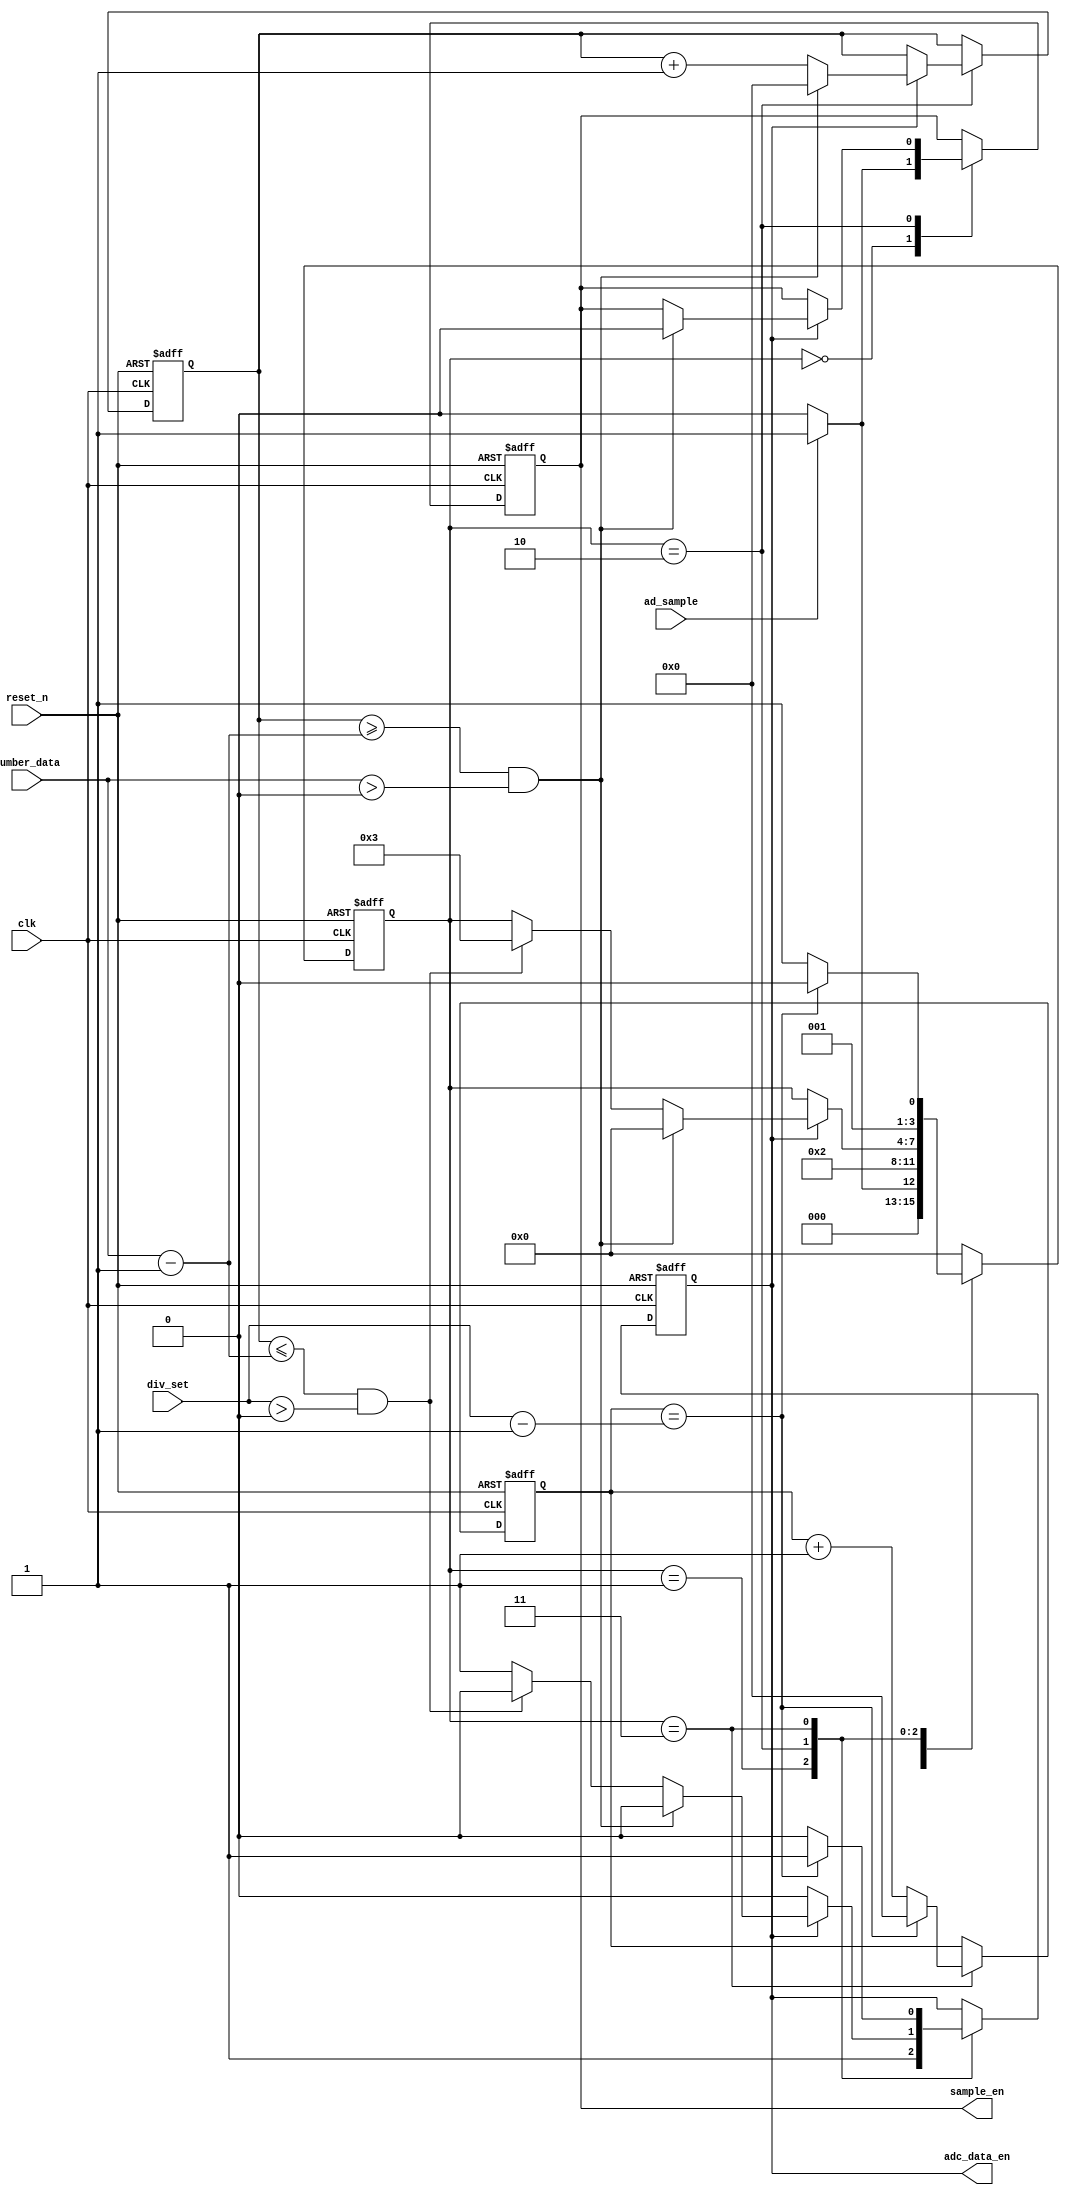
module speed_ctrl(
	clk,
	reset_n,
	ad_sample,
	div_set,
	number_data,
	
	sample_en,
	adc_data_en
);

	input clk;
	input reset_n;
	input ad_sample;
	input [31:0]div_set;
	input [31:0]number_data;
	
	//ADC
	output reg adc_data_en;
	output reg sample_en;
	
	reg [31:0]div_cnt;
	
	reg [31:0]data_cnt;
	reg [3:0]state;
	always@(posedge clk or negedge reset_n)
	if(!reset_n)begin
		state <= 1'b0;
		sample_en <= 1'b0;
		div_cnt <= 1'b0;
		adc_data_en <= 1'b0;
		data_cnt <= 31'b0; 
	end
	else begin
		case(state)
			0:
				if(ad_sample)begin
					sample_en <= 1'b1;
					state <= 1;
				end
				else begin
					sample_en <= 1'b0;
					state <= 1'b0;
				end
				
			1:
                begin
					adc_data_en <= 1;
					state <= 2;
				end

			2:
				if(adc_data_en)begin
					data_cnt <= data_cnt + 1'b1;
					if((data_cnt <= (number_data-1'b1)) && (div_set > 0))begin
						state <= 3;
						adc_data_en <= 1'b0;
					end
					if (data_cnt >= (number_data-1'b1) && number_data>0)begin
						sample_en <= 1'b0;
						adc_data_en <= 1'b0;
						data_cnt <= 32'd0;
						state <= 0;
					end
				end

			3:
				begin
					div_cnt <= div_cnt + 1'b1;
					if(div_cnt == div_set-1)begin 
						div_cnt <= 0;
						adc_data_en <= 1;
						state <= 2;
					end
					else begin
						adc_data_en <= 1'b0;
						state <= 3;
					end
				end
				
			default:state <= 0;
		endcase
	end
endmodule